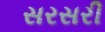
સરસરી